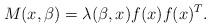
LaTeX: \begin{align*}M(x,\beta) = \lambda(\beta,x) f(x)f(x)^T.\end{align*}